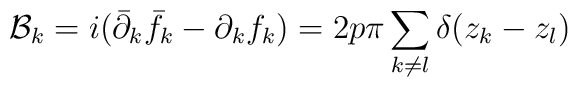
{\cal B}_k=i({\bar{\partial}_k} {\bar f}_k -{\partial}_kf_k)=2p \pi \sum_{k\neq l}\delta(z_k-z_l)